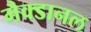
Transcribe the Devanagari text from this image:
मैक्डानल